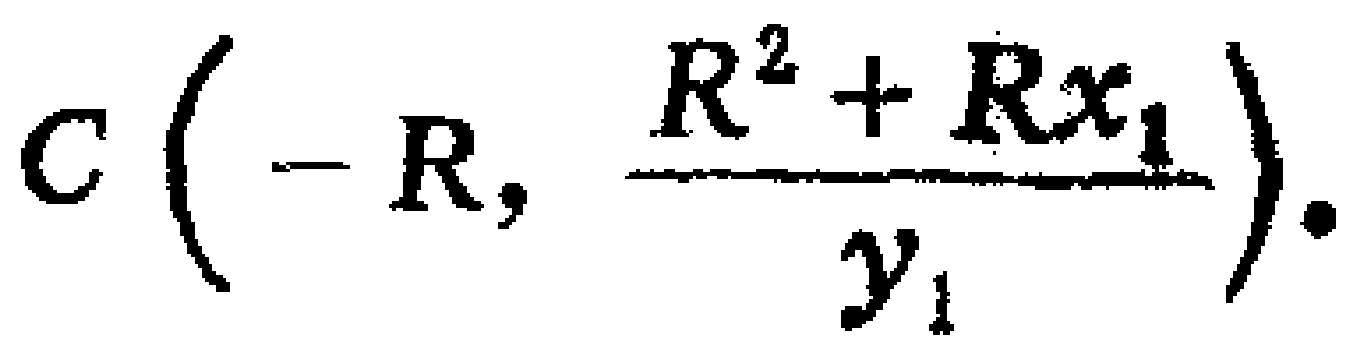
$C\left(-R, \frac{R^{2}+Rx_{1}}{y_{1}}\right).$